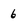
Character: 6